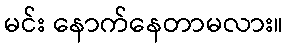
မင်း နောက်နေတာမလား။